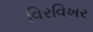
વિરવિખર